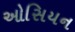
ઓસિયન